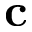
\mathbf { c }